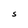
Character: S